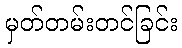
မှတ်တမ်းတင်ခြင်း